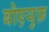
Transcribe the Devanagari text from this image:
बोएयुफ़